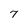
Character: 7